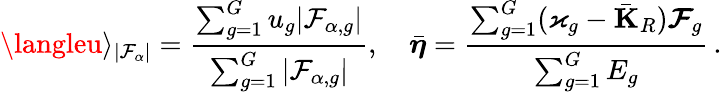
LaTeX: \langleu\rangle_{|\mathcal{F}_{\alpha}|}=\frac{{\sum_{g=1}^{G}u_{g}|\mathcal{F}_{\alpha,g}|}}{{\sum_{g=1}^{G}|\mathcal{F}_{\alpha,g}|}},\quad\bar{{\boldsymbol{\eta}}}=\frac{{\sum_{g=1}^{G}(\varkappa_{g}-\bar{{\mathbf{{K}}}}_{R})\boldsymbol{\mathcal{F}}_{g}}}{{\sum_{g=1}^{G}E_{g}}}\, .